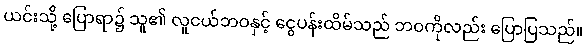
ယင်းသို့ ပြောရာ၌ သူ၏ လူငယ်ဘဝနှင့် ငွေပန်းထိမ်သည် ဘဝကိုလည်း ပြောပြသည်။